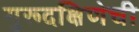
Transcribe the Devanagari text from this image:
गुरूदक्षिणेची